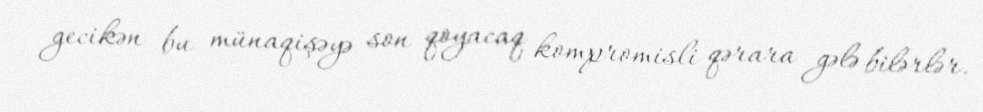
gecikən bu münaqişəyə son qoyacaq kompromisli qərara gələ bilərlər.